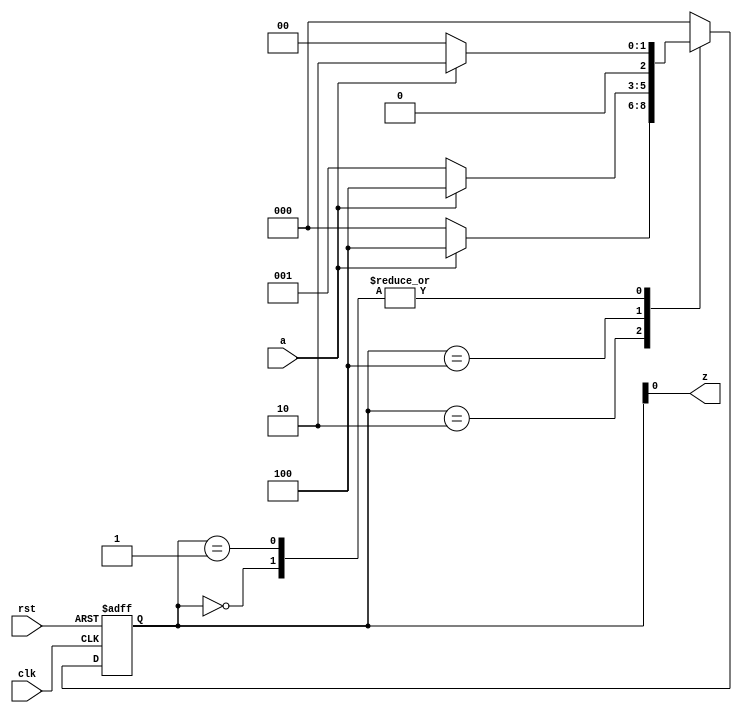
module FSM_demo5 (
    a,clk,rst,z
);
    input a,clk,rst;
    output z;
    reg[2:0] current_state,next_state;
    parameter s0 = 3'b000,s1=3'b010,s2=3'b100,s3=3'b001;
always @(posedge clk,negedge rst) begin
    if(rst==0) current_state<=s0;
    else
        current_state<= next_state; 
end
always @(current_state,a) begin
    case(current_state)
    s0:begin next_state<=(a==0)?s0:s1;end
    s1:next_state<=(a==0)?s0:s2;
    s2:next_state<=(a==0)?s3:s2;
    s3:next_state<=(a==0)?s0:s1;
    default:next_state<=s0;
    endcase
end
assign z = current_state[0];
endmodule